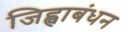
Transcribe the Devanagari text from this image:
जिह्वाबंधन